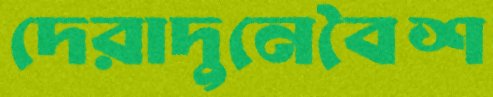
দেরাদুনেবৈশ